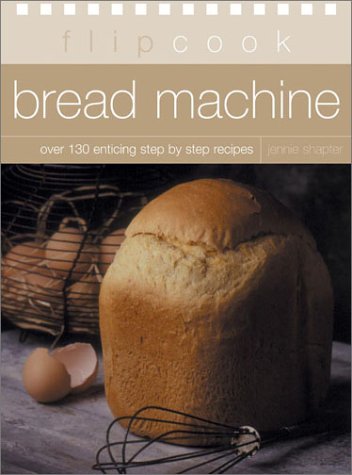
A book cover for Bread Machine: Flipcook Series; Jennie Shapter; Cookbooks, Food & Wine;